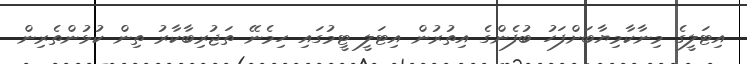
އިޓަލީގެ މިނާކާމިޔާބަށްފަހު ބުފެންގެ އިތުރުން އިޓަލީ ޓީމުގައި ހިމެނޭ ތަޖުރިބާކާރު ތިން ކުޅުންތެރިން